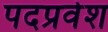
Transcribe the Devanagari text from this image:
पदप्रवेश